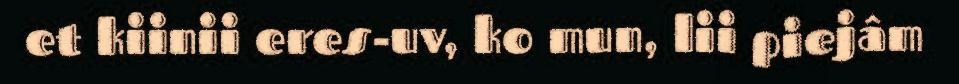
et kiinii eres-uv, ko mun, lii piejâm